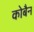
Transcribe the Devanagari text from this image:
कोबैन